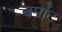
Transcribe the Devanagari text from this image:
बर्माट